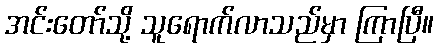
အင်းတော်သို့ သူရောက်လာသည်မှာ ကြာပြီ။